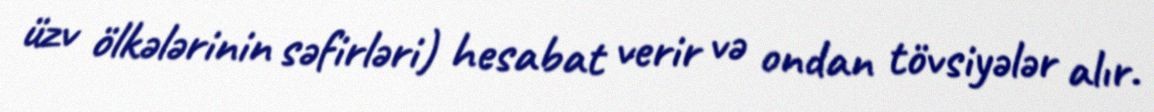
üzv ölkələrinin səfirləri) hesabat verir və ondan tövsiyələr alır.